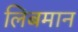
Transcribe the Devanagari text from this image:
लिबमान